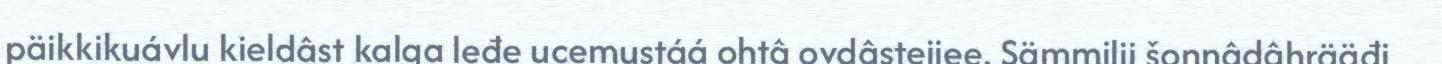
päikkikuávlu kieldâst kalga leđe ucemustáá ohtâ ovdâsteijee. Sämmilii šoŋŋâdâhrääđi